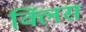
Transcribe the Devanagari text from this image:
क्लिंस